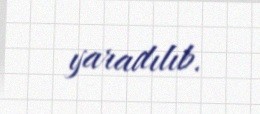
yaradılıb.